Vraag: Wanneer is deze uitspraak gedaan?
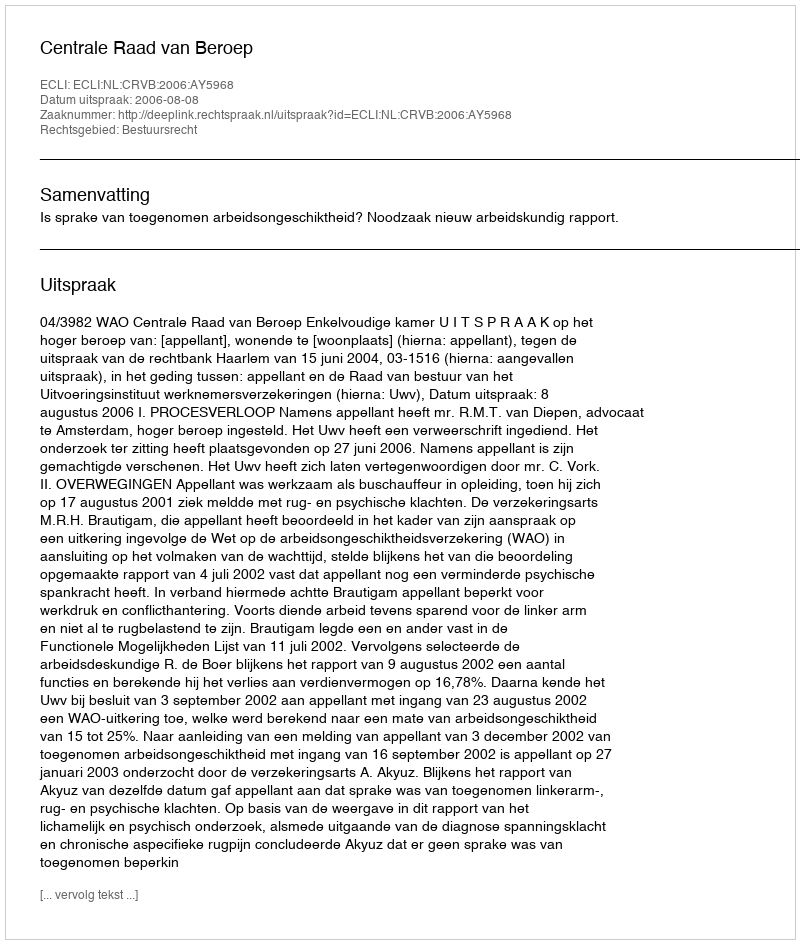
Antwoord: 2006-08-08